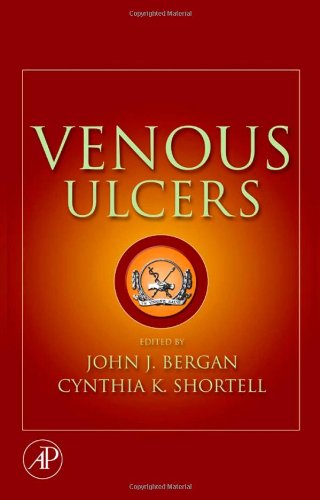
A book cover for Venous Ulcers; Health, Fitness & Dieting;